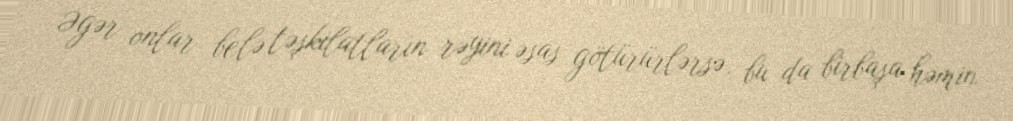
Əgər onlar belə təşkilatların rəyini əsas götürürlərsə, bu da birbaşa həmin